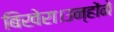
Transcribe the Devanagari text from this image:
बिखेरा।उन्होंने